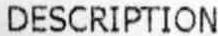
DESCRIPTION